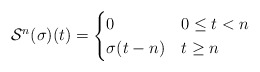
\begin{align*}\mathcal S^n(\sigma)(t) &=\begin{cases}0 & 0\leq t<n \\\sigma(t-n) & t\geq n\end{cases}\end{align*}